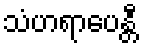
သံဟရာပေန္တီ